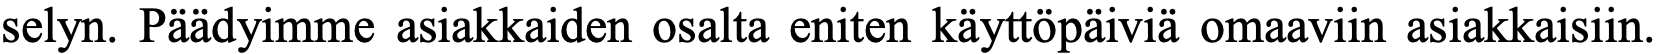
selyn. Päädyimme asiakkaiden osalta eniten käyttöpäiviä omaaviin asiakkaisiin.